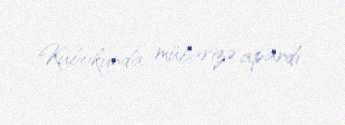
Kubokunda mübarizə apardı.